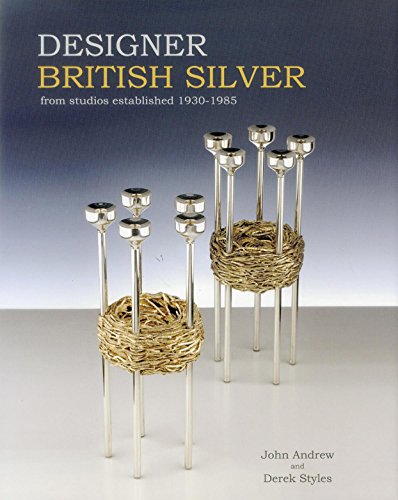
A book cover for Designer British Silver: From Studios Established 1930-1985; John Andrew; Crafts, Hobbies & Home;